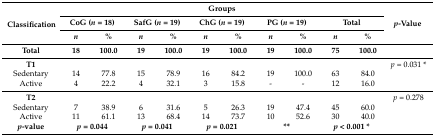
| <ROWSPAN=3> Classification | <COLSPAN=10> Groups | <ROWSPAN=3> p-Value |
 | <COLSPAN=2> CoG (n = 18) | <COLSPAN=2> SafG (n = 19) | <COLSPAN=2> ChG (n = 19) | <COLSPAN=2> PG (n = 19) | <COLSPAN=2> Total |
 | n | % | n | % | n | % | n | % | n | % |
 | Total | 18 | 100.0 | 19 | 100.0 | 19 | 100.0 | 19 | 100.0 | 75 | 100.0 |  |
 | --- | --- | --- | --- | --- | --- | --- | --- | --- | --- | --- | --- |
 | T1 |  |  |  |  |  |  |  |  |  |  | p = 0.031 * |
 | Sedentary | 14 | 77.8 | 15 | 78.9 | 16 | 84.2 | 19 | 100.0 | 63 | 84.0 |  |
 | Active | 4 | 22.2 | 4 | 32.1 | 3 | 15.8 | - | - | 12 | 16.0 |  |
 | T2 |  |  |  |  |  |  |  |  |  |  | p = 0.278 |
 | Sedentary | 7 | 38.9 | 6 | 31.6 | 5 | 26.3 | 19 | 47.4 | 45 | 60.0 |  |
 | Active | 11 | 61.1 | 13 | 68.4 | 14 | 73.7 | 10 | 52.6 | 30 | 40.0 |  |
 | p-value | <COLSPAN=2> p = 0.044 | <COLSPAN=2> p = 0.041 | <COLSPAN=2> p = 0.021 | <COLSPAN=2> ** | <COLSPAN=2> p< 0.001 * |  |